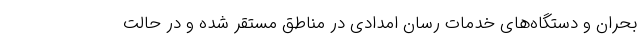
بحران و دستگاه‌های خدمات رسان امدادی در مناطق مستقر شده و در حالت